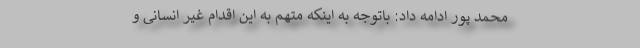
محمد پور ادامه داد: باتوجه به اینکه متهم به این اقدام غیر انسانی و